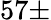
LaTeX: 57\pm